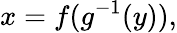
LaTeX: x=f(g^{-1}(y)),